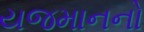
યજમાનનો